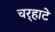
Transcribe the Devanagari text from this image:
चर्‍हाटे